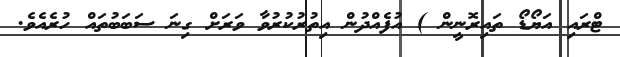
ޓްރައި އަޔޯޑޯ ތައިރޮނީން ) އުފެއްދުން އިތުރުކުރުވާ ވަރަށް ގިނަ ސަބަބުތައް ހުރެއެވެ.